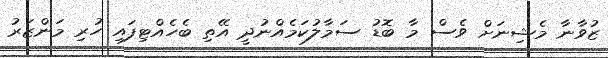
ޒުވާނާ މެޝިނަށް ވެސް މާ ބޮޑު ސަމާލުކަމެއްނުދީ އޭތި ބެހެއްޓިފައި ހުރި މަންޒަރު